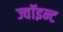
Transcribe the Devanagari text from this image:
ज्वॉइन्ट